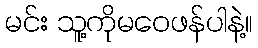
မင်း သူ့ကိုမဝေဖန်ပါနဲ့။